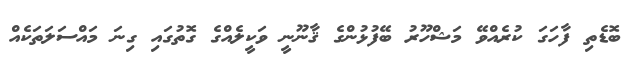
ބޮޑެތި ފާހަގަ ކުރެއްވޭ މަޝްހޫރު ބޭފުޅުންގެ ޤާނޫނީ ވަކީލެއްގެ ގޮތުގައި ގިނަ މައްސަލަތަކެއް